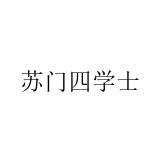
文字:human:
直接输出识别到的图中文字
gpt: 苏门四学士